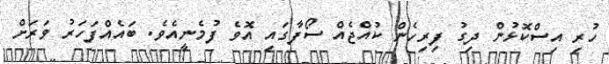
ހުރި އިސްކޮޅުން ދިގު ފިރިހެން ކުއްޖެއް ސޯފާގައި އޮވެ ފުމެނީއެވެ. ބައެއްފަހަރު ވަރަށް